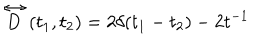
\stackrel { \leftrightarrow } { D } ( t _ { 1 } , t _ { 2 } ) = 2 \delta ( t _ { 1 } - t _ { 2 } ) - 2 t ^ { - 1 }